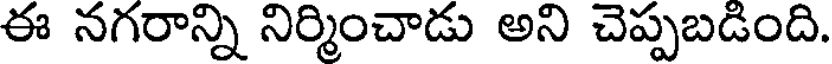
ఈ నగరాన్ని నిర్మించాడు అని చెప్పబడింది.